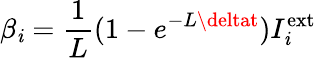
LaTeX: \beta_{\mathit{i}}=\frac{{1}}{{L}}(1-e^{-L\deltat})I_{\mathit{i}}^{\mathrm{{ext}}}